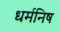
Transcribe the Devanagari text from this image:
धर्मनिष